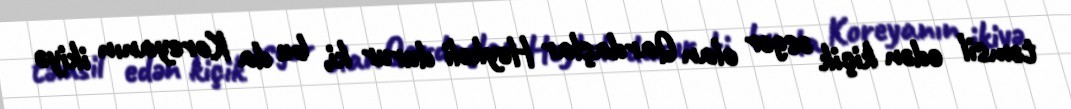
təmsil edən kiçik əsgər olan Qardaşlar Heykəli durur ki, bu da Koreyanın ikiyə